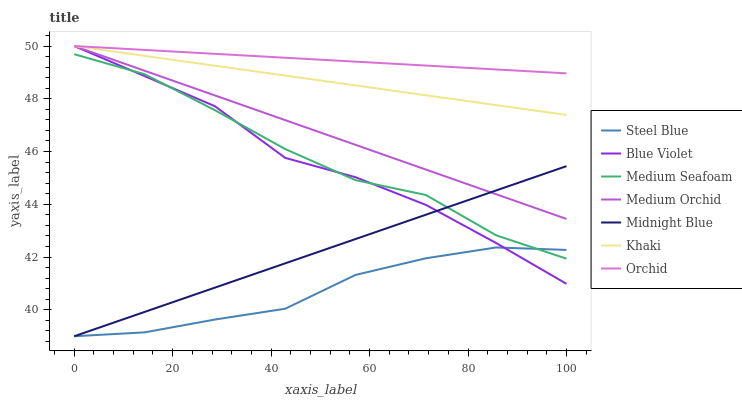
| xaxis_label | Steel Blue | Blue Violet | Medium Seafoam | Medium Orchid | Midnight Blue | Khaki | Orchid |
 | --- | --- | --- | --- | --- | --- | --- | --- |
 | 0 | 39 | 50 | 49.7 | 50 | 39 | 50 | 50 |
 | 14.3 | 39.1 | 48.9 | 48.9 | 49.1 | 39.9 | 49.6 | 49.9 |
 | 28.6 | 39.6 | 47.7 | 47.6 | 48.1 | 40.8 | 49.3 | 49.7 |
 | 42.9 | 40 | 45.8 | 46.1 | 47.2 | 41.8 | 48.9 | 49.6 |
 | 57.1 | 41.3 | 45 | 44.9 | 46.3 | 42.7 | 48.5 | 49.4 |
 | 71.4 | 42 | 44 | 44.4 | 45.3 | 43.6 | 48.1 | 49.3 |
 | 85.7 | 42.4 | 42.5 | 42.8 | 44.4 | 44.5 | 47.8 | 49.1 |
 | 100 | 42.3 | 41 | 41.9 | 43.4 | 45.4 | 47.4 | 49 |